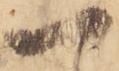
一